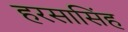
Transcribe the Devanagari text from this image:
हरसासिंह